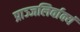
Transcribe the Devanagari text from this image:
प्राञ्जलिर्वाक्यं